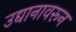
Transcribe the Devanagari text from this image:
उद्यानावरून